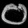
Digit: ၀